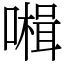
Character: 𡀞